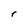
Character: r